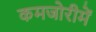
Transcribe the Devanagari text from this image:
कमजोरीमें